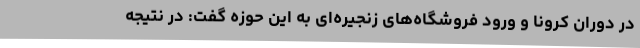
در دوران کرونا و ورود فروشگاه‌های زنجیره‌ای به این حوزه گفت: در نتیجه